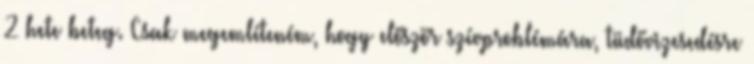
2 hete beteg. Csak megemlíteném, hogy először szívproblémára, tüdővizesedésre